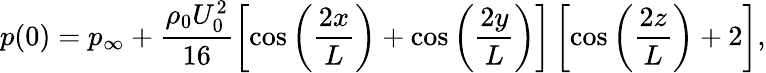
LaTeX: p(0)=p_{\infty}+\frac{\rho_{0}U_{0}^{2}}{16}\left[\cos\left(\frac{2x}{L}\right)+\cos\left(\frac{2y}{L}\right)\right]\left[\cos\left(\frac{2z}{L}\right)+2\right],